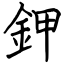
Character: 鉀